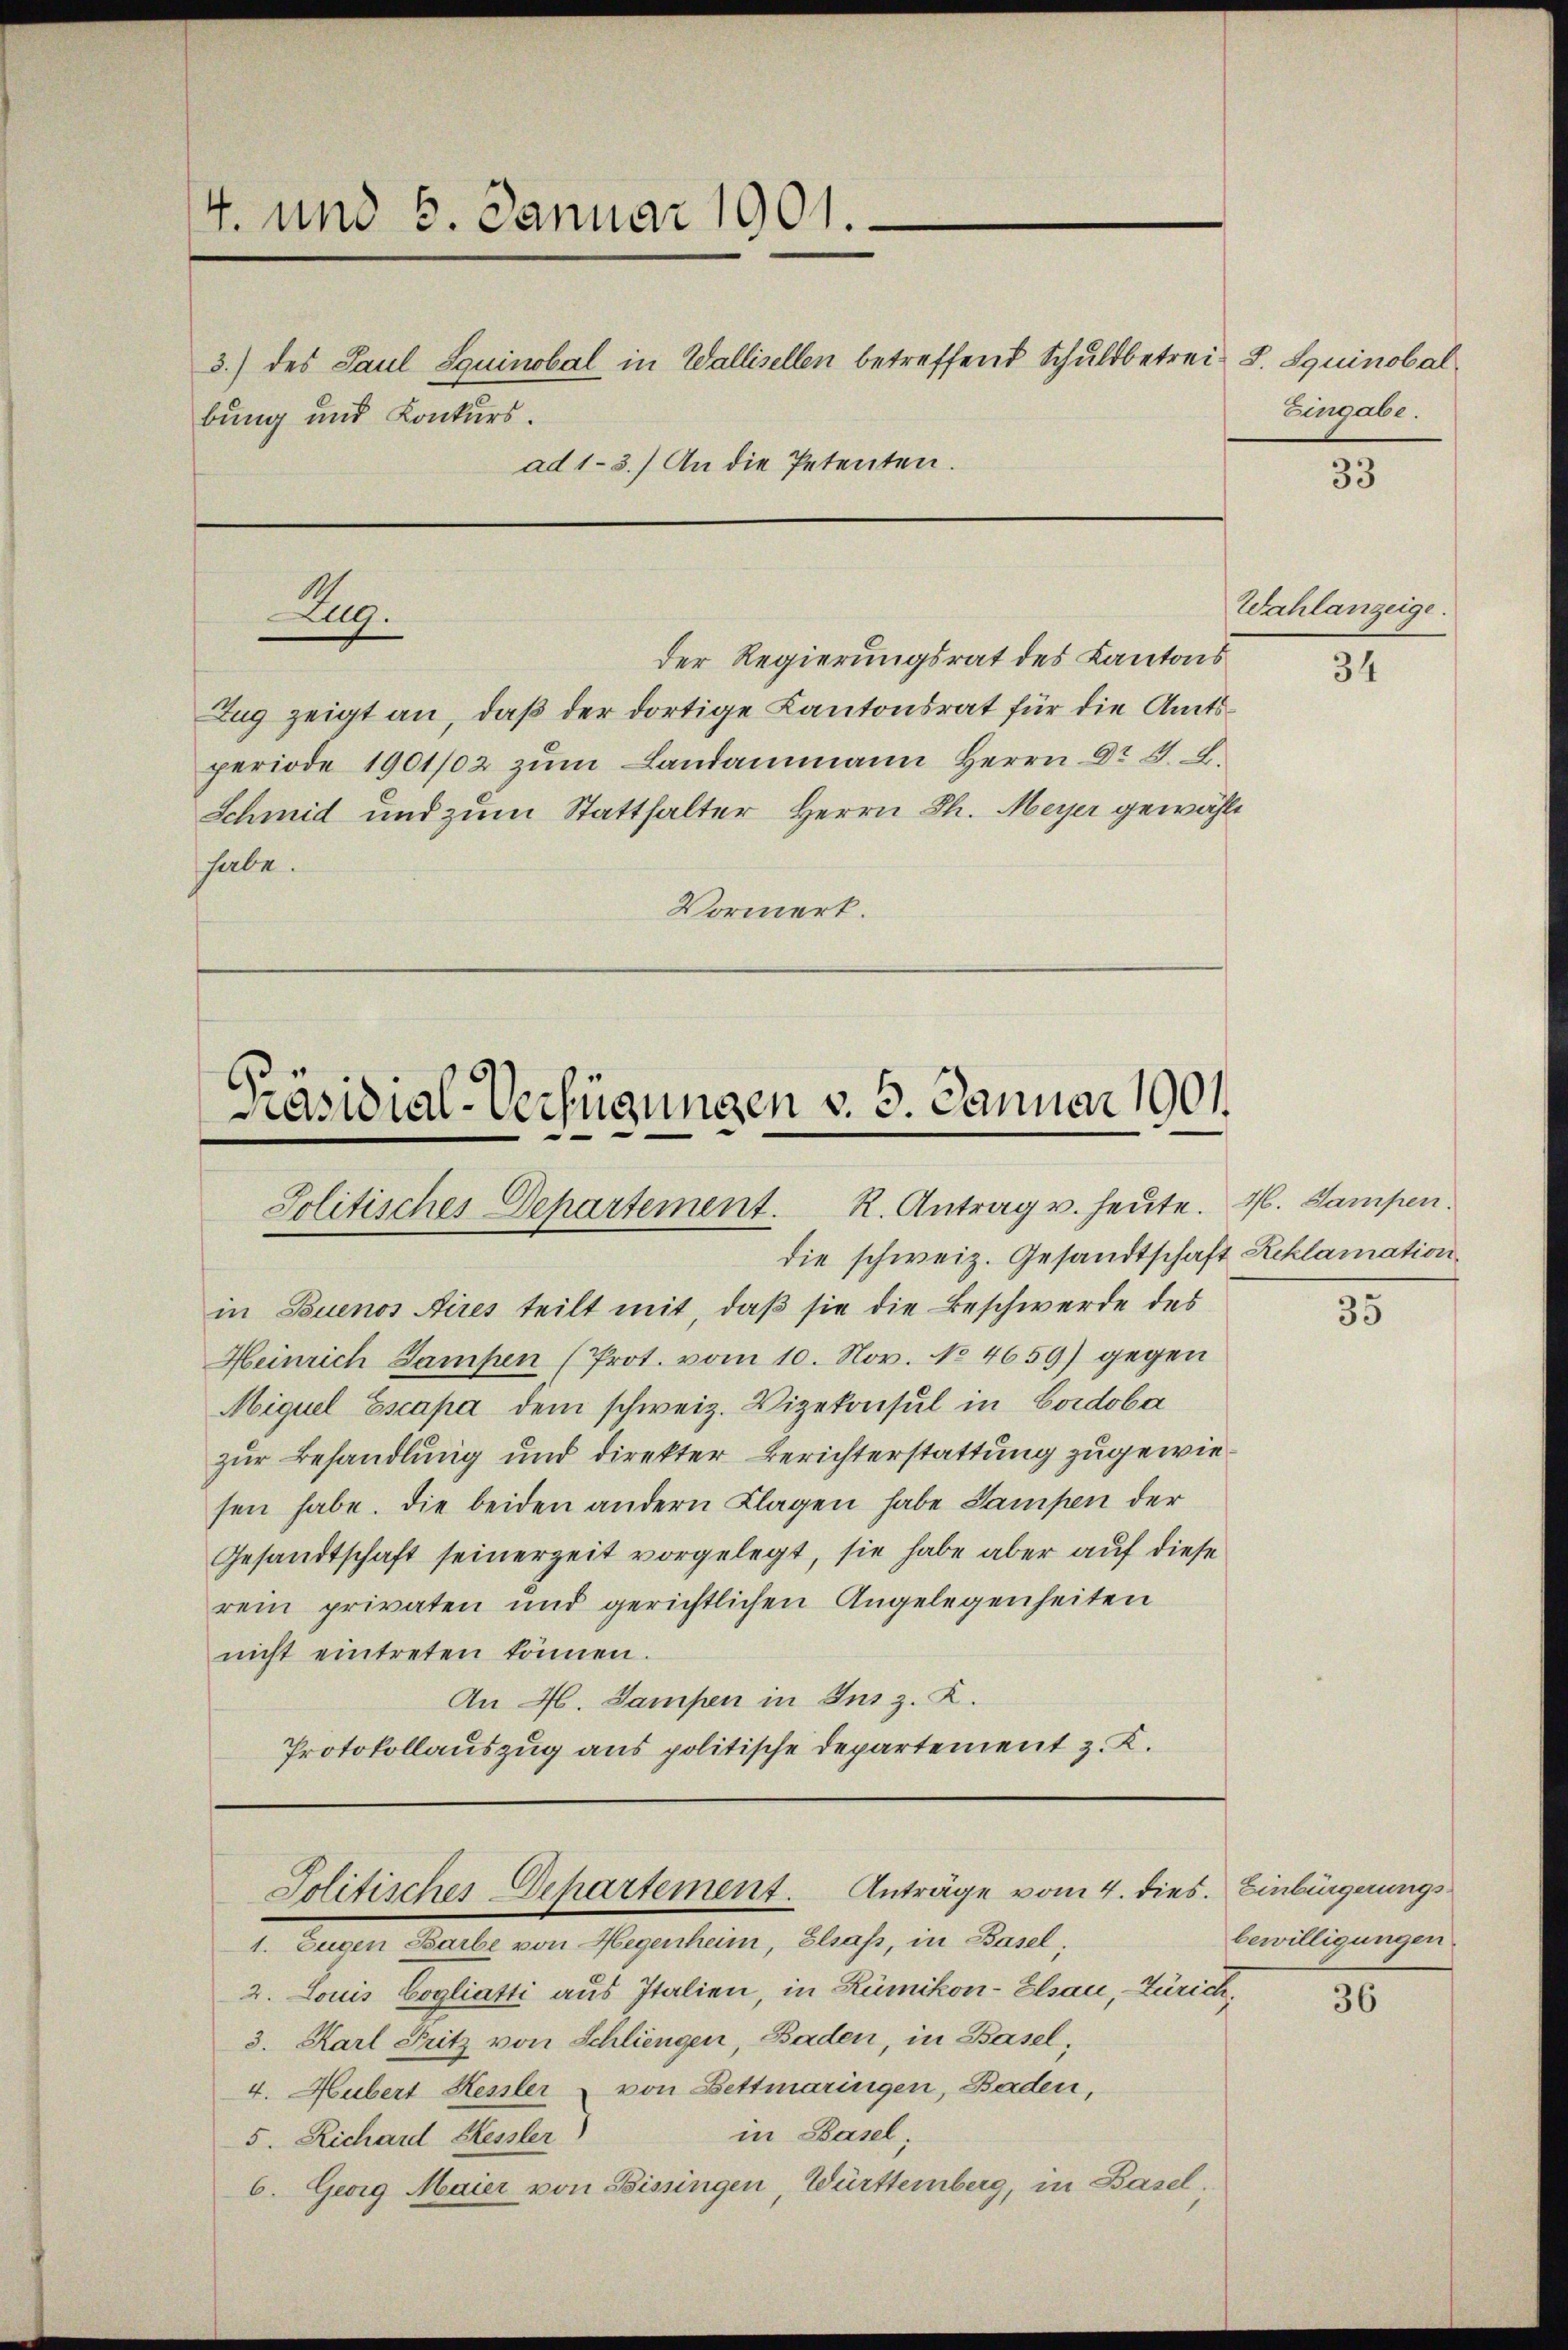
4. und 5. Januar 1901.
3.) des Paul Squinobel in Wallisellen betreffend Schuldbetrei- J. Squinobal
bung und Konkurs.
ad 1-3.) An die Petenten.

Zug.

Der Regierungsrat des Kantons
Zug zeigt an, daß der dortige Kantonsrat für die Amtsperiode 1901/02 zŭm Landammann Herrn Dr J. L.
Schmid und zum Statthalter Herrn Th. Meyer gewählt
habe.
Vormerk.

Präsidial-Verfügungen v. 3. Januar 1901.

Jolitisches Departement. R. Antrag u. heute. H. Lampen.
die schweiz. Gesandtschaft Reklamation

Solitisches Departement. Anträge vom 4. dies. Einbürgerungs

in Buenos Aires teilt mit, daß sie die Beschwerde des
Heinrich Lampen (Prot. vom 10. Nov. No. 4659) gegen
Miquel Escapa dem schweiz. Vizekonsul in Cordoba
zur Behandlung und direkter Berichterstattung zugewiesen habe. Die beiden andern Klagen habe Lampen der
Gesandtschaft seinerzeit vorgelegt, sie habe aber auf diese
rein privaten und gerichtlichen Angelegenheiten
nicht eintreten können.
An 46. Sampen in Ins z. K.
Protokollauszug aus politische Departement z. K.

1. Eugen Barbe von Hegenheim, Elsass, in Basel,
2. Louis Cogliatti aus Italien, in Rümikon-Elsau, Zürich,
3. Karl Fritz von Schlingen, Baden, in Basel;
4. Hubert Hessler von Bettmaringen, Baden,
in Basel,
5. Richard Hessler)
6. Georg Maier von Bissingen, Württemberg, in Basel,

Eingabe.

33

Wahlanzeige.

34

35

bewilligungen

36